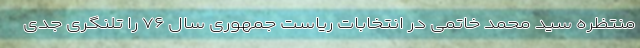
منتظره سید محمد خاتمی در انتخابات ریاست جمهوری سال ۷۶ را تلنگری جدی